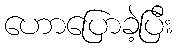
ဟောပြောခဲ့ပြီး